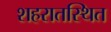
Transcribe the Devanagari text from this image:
शहरातस्थित